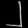
Digit: ၂